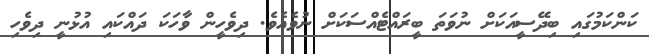
ކަންކަމުގައި ބިދޭސީއަކަށް ނުވަތަ ބީރައްޓެއްސަކަށް ނުވެއެވެ. ދިވެހީން ވާހަކަ ދައްކައި އުޅުނީ ދިވެހި